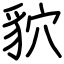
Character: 貁